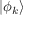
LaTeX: | \phi _ { k } \rangle